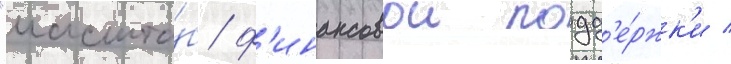
"масшта́б ф'инансовои подд'е́ржк'и /